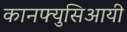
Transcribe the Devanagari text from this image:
कानफ्युसिआयी